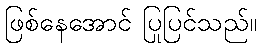
ဖြစ်နေအောင် ပြုပြင်သည်။